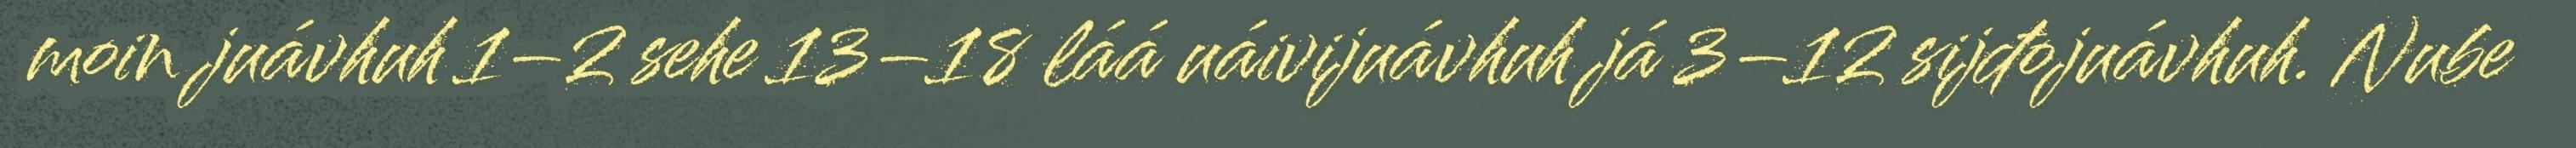
moin juávhuh 1–2 sehe 13–18 láá uáivijuávhuh já 3–12 sijđojuávhuh. Nube